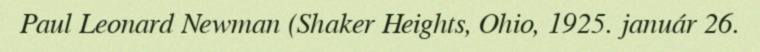
Paul Leonard Newman (Shaker Heights, Ohio, 1925. január 26.